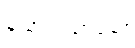
နည်းပညာပေး